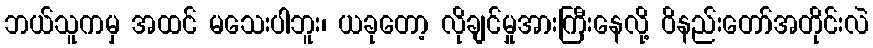
ဘယ်သူကမှ အထင် မသေးပါဘူး၊ ယခုတော့ လိုချင်မှုအားကြီးနေလို့ ဝိနည်းတော်အတိုင်းလဲ